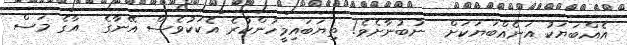
އެއްބަޔަކު އަނެއްބަޔަކަށް  ނުބުނާށެވެ! ތިޔަބައިމީހުންކުރެ އެކަކުވެސް އޭނާގެ  އާގެ މަސް